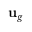
\mathbf { u } _ { g }